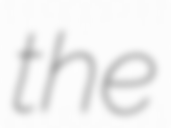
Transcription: the